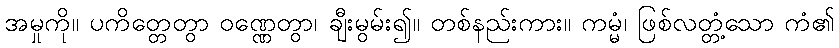
အမှုကို။ ပကိတ္တေတွာ ဝဏ္ဏေတွာ၊ ချီးမွမ်း၍။ တစ်နည်းကား။ ကမ္မံ၊ ဖြစ်လတ္တံ့သော ကံ၏